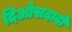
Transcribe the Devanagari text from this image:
दिओसदादो